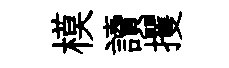
模讀攫